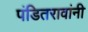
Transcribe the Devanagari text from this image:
पंडितरावांनी